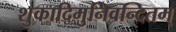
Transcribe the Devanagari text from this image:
शुकादिमुनिवन्दितम्